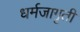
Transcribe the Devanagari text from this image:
धर्मजागृती